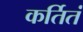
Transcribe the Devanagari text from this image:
कर्तितं